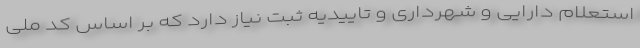
استعلام دارایی و شهرداری و تاییدیه ثبت نیاز دارد که بر اساس کد ملی